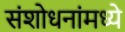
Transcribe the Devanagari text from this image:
संशोधनांमध्ये